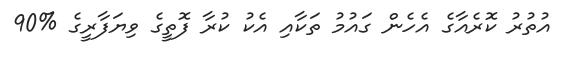
އުތުރު ކޮރެއާގެ އެހެން ގައުމު ތަކާއި އެކު ކުރާ ފޮތީގެ ވިޔަފާރީގެ %90